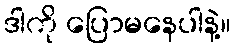
ဒါကို ပြောမနေပါနဲ့။